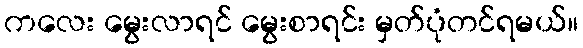
ကလေး မွေးလာရင် မွေးစာရင်း မှတ်ပုံတင်ရမယ်။